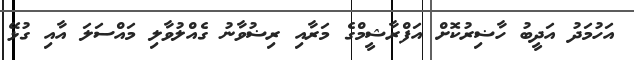
އަހުމަދު އަދީބު ހާޟިރުކޮށް އަފްރާޝީމްގެ މަރާއި ރިޟުވާނު ގެއްލުވާލި މައްސަލަ އާއި ގުޅޭ